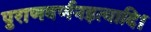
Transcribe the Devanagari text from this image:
पुराणवर्णनइत्यादि।